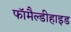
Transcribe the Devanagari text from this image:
फॉमैल्डीहाइड